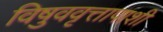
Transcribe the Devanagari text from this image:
विषुववृत्तापाशी